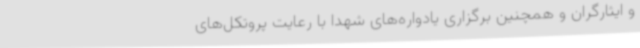
و ایثارگران و همچنین برگزاری یادواره‌های شهدا با رعایت پروتکل‌های